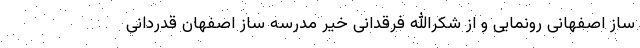
ساز اصفهانی رونمایی و از شکرالله فرقدانی خیر مدرسه ساز اصفهان قدردانی